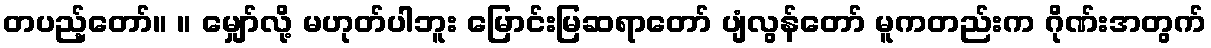
တပည့်တော်။ ။ မျှော်လို့ မဟုတ်ပါဘူး မြောင်းမြဆရာတော် ပျံလွန်တော် မူကတည်းက ဂိုဏ်းအတွက်